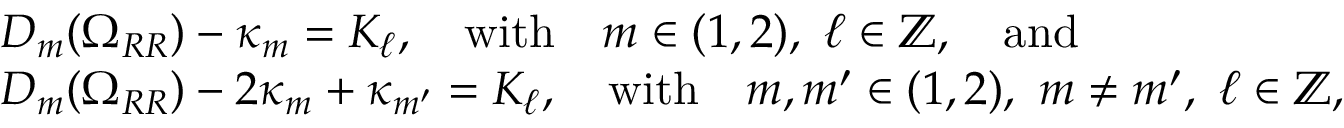
\begin{array} { r l } & { D _ { m } ( \Omega _ { R R } ) - \kappa _ { m } = K _ { \ell } , \quad \mathrm { w i t h } \quad m \in ( 1 , 2 ) , ~ \ell \in \mathbb { Z } , \quad \mathrm { a n d } } \\ & { D _ { m } ( \Omega _ { R R } ) - 2 \kappa _ { m } + \kappa _ { m ^ { \prime } } = K _ { \ell } , \quad \mathrm { w i t h } \quad m , m ^ { \prime } \in ( 1 , 2 ) , ~ m \neq m ^ { \prime } , ~ \ell \in \mathbb { Z } , } \end{array}